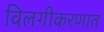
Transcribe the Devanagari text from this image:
विलगीकरणात